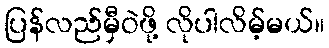
ပြန်လည်မှီဝဲဖို့ လိုပါလိမ့်မယ်။